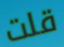
قلت